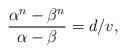
LaTeX: \begin{align*}\frac{\alpha^n - \beta^n}{\alpha-\beta} = d /v,\end{align*}